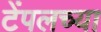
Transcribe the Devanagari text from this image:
टेंपलच्या